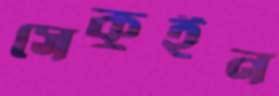
সেকুইন